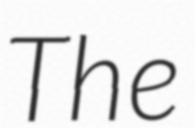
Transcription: The